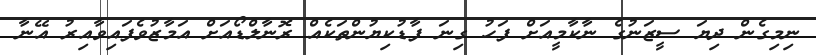
ނިމިގެން ދިޔަ ސީޒަނުގެ ނާކާމީއަށް ފަހު ގިނަ ފާޑުކިޔުންތަކެއް ރޮނާލްޑޯއަށް އަމާޒުވެފައިވާއިރު އޭނާ